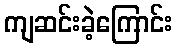
ကျဆင်းခဲ့ကြောင်း